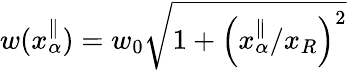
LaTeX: w(x_{\alpha}^{\parallel})=w_{0}\sqrt{1+\left(x_{\alpha}^{\parallel}/x_{R}\right)^{2}}